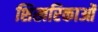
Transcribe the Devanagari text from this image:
शिखरिकाओं